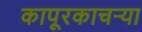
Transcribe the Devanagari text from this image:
कापूरकाचऱ्या